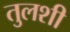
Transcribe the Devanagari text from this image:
तुलशी